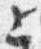
上